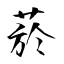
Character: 菸